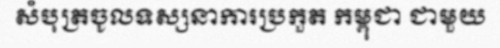
សំបុត្រចូលទស្សនាការប្រកួត កម្ពុជា ជាមួយ